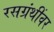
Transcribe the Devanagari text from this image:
रसग्रंथींवर